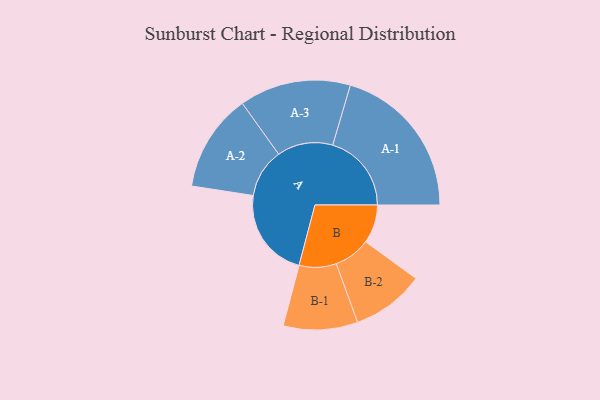
{"axis": {"x": "Segment", "y": "Value"}, "legend": ["", "A", "B"], "data": [{"x": "A", "y": 331, "type": ""}, {"x": "B", "y": 142, "type": ""}, {"x": "A-1", "y": 290, "type": "A"}, {"x": "A-2", "y": 180, "type": "A"}, {"x": "A-3", "y": 205, "type": "A"}, {"x": "B-1", "y": 137, "type": "B"}, {"x": "B-2", "y": 134, "type": "B"}]}